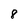
Character: 8